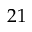
2 1